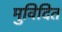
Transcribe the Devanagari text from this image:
मुविदित